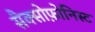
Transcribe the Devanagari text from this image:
सैक्सोफ़ोनिस्ट